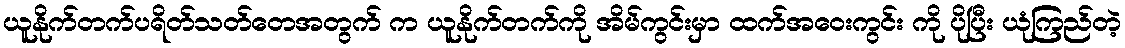
ယူနိုက်တက်ပရိတ်သတ်တေအတွက် က ယူနိုက်တက်ကို အိမ်ကွင်းမှာ ထက်အဝေးကွင်း ကို ပိုပြီး ယုံကြည်တဲ့